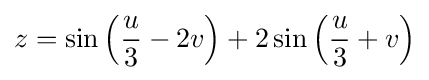
z=\sin \left({u \over 3}-2v\right)+2\sin \left({u \over 3}+v\right)